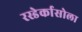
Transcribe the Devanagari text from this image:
रस्डेर्कासोला